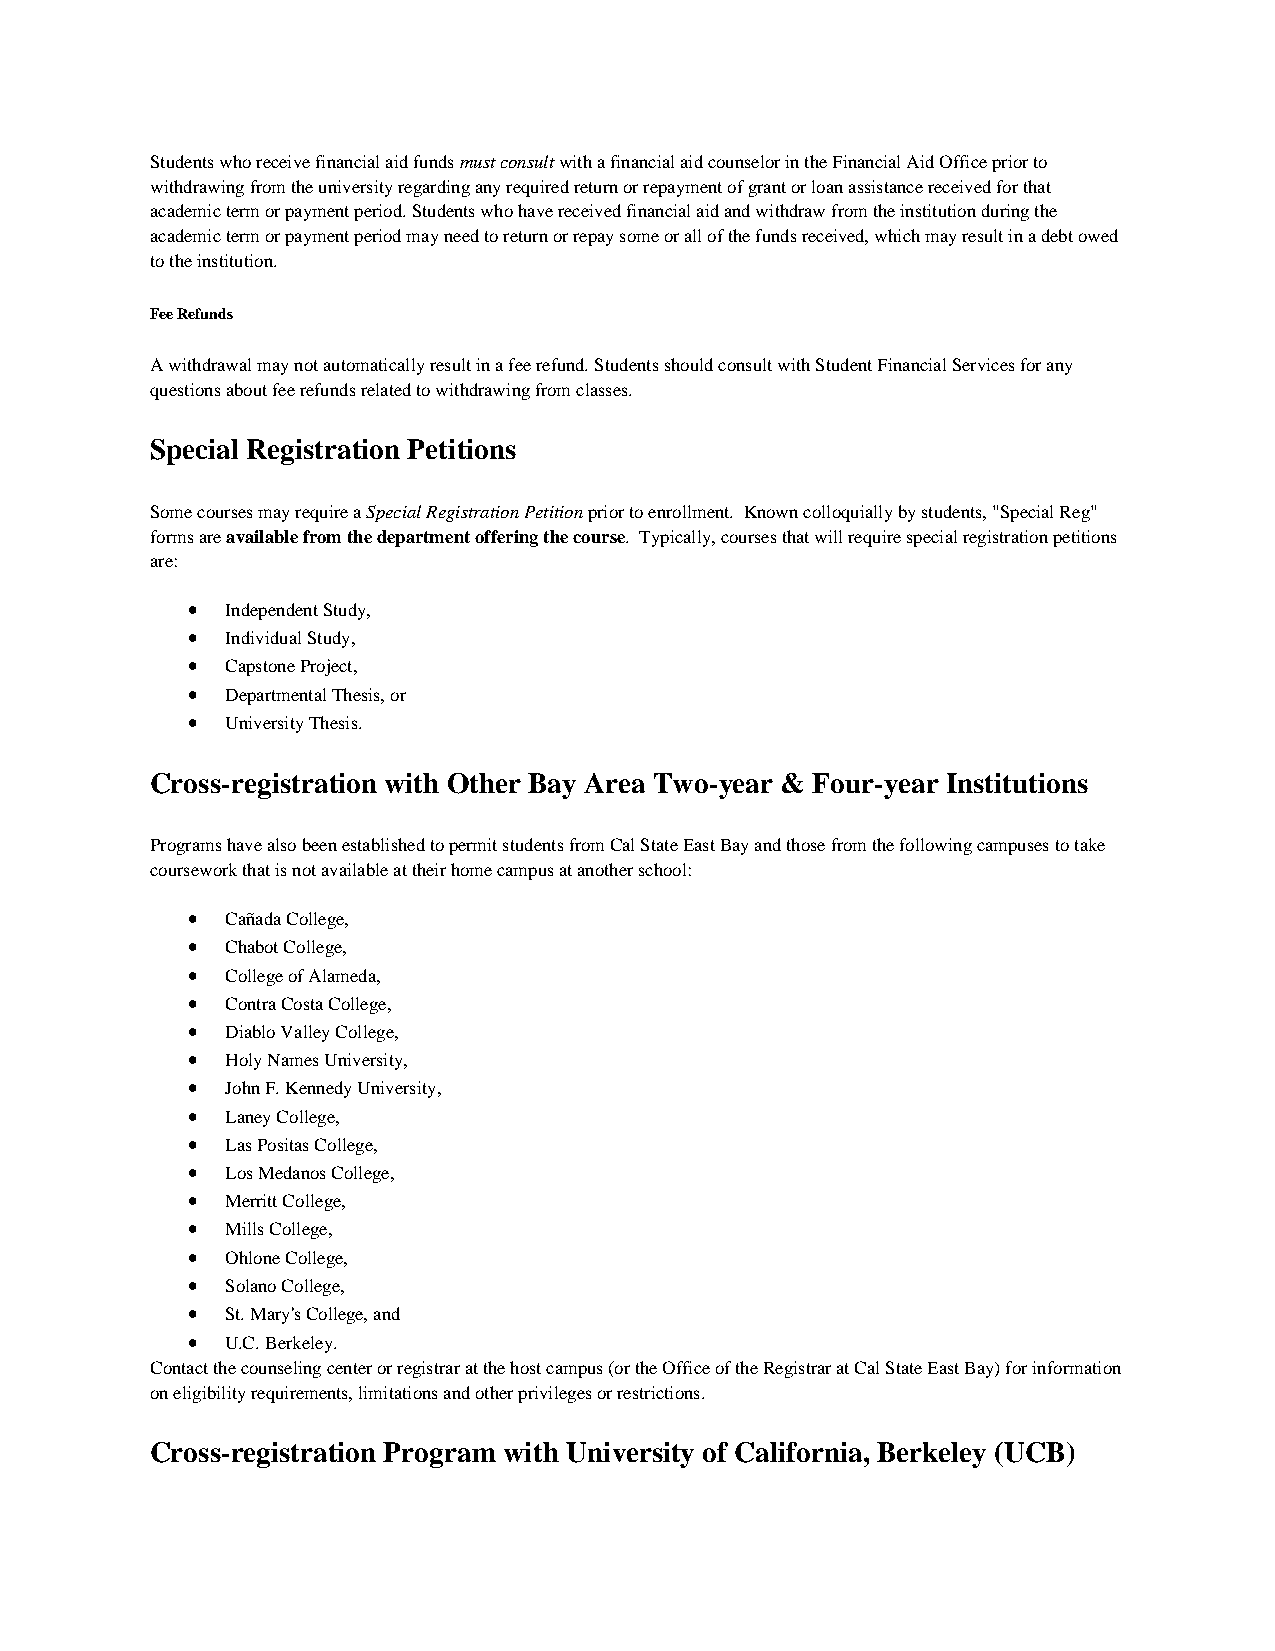
Students who receive financial aid funds must consult with a financial aid counselor in the Financial Aid Office prior to
 withdrawing from the university regarding any required return or repayment of grant or loan assistance received for that
 academic term or payment period. Students who have received financial aid and withdraw from the institution during the
 academic term or payment period may need to return or repay some or all of the funds received, which may result in a debt owed
 to the institution.
 Fee Refunds
 A withdrawal may not automatically result in a fee refund. Students should consult with Student Financial Services for any
 questions about fee refunds related to withdrawing from classes.
 Special Registration Petitions
 Some courses may require a Special Registration Petition prior to enrollment. Known colloquially by students, "Special Reg"
 forms are available from the department offering the course. Typically, courses that will require special registration petitions
 are:
 •  Independent Study,
 •  Individual Study,
 •  Capstone Project,
 •  Departmental Thesis, or
 •  University Thesis.
 Cross-registration with Other Bay Area Two-year & Four-year Institutions
 Programs have also been established to permit students from Cal State East Bay and those from the following campuses to take
 coursework that is not available at their home campus at another school:
 •  Cañada College,
 •  Chabot College,
 •  College of Alameda,
 •  Contra Costa College,
 •  Diablo Valley College,
 •  Holy Names University,
 •  John F. Kennedy University,
 •  Laney College,
 •  Las Positas College,
 •  Los Medanos College,
 •  Merritt College,
 •  Mills College,
 •  Ohlone College,
 •  Solano College,
 •  St. Mary's College, and
 •  U.C. Berkeley.
 Contact the counseling center or registrar at the host campus (or the Office of the Registrar at Cal State East Bay) for information
 on eligibility requirements, limitations and other privileges or restrictions.
 Cross-registration Program with University of California, Berkeley (UCB)